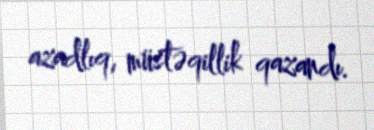
azadlıq, müstəqillik qazandı.